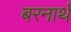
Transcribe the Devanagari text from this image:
बरनार्थ